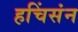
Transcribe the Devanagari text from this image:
हचिंसंन